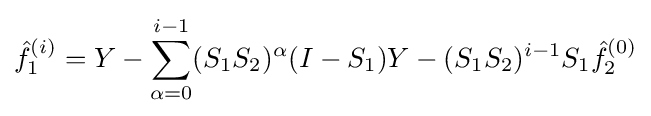
{\hat {f}}_{1}^{(i)}=Y-\sum _{\alpha =0}^{i-1}(S_{1}S_{2})^{\alpha }(I-S_{1})Y-(S_{1}S_{2})^{i-1}S_{1}{\hat {f}}_{2}^{(0)}